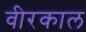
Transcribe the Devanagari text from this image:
वीरकाल